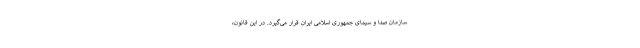
سازمان صدا و سیمای جمهوری اسلامی ایران قرار می‌گیرد. در این قانون،